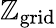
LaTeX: \mathbb{Z}_{\mathrm{{grid}}}